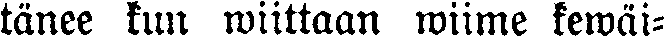
tänee kun wiittaan wiime kewäi-